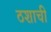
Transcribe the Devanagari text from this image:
ठशाची